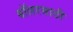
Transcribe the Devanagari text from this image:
बॉलरसाठी